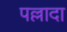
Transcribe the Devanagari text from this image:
पल्लादा